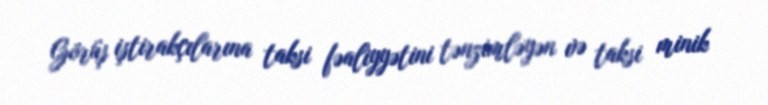
Görüş iştirakçılarına taksi fəaliyyətini tənzimləyən və taksi minik